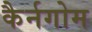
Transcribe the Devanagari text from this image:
कैर्नगोम